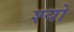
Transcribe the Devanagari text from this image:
श्यो